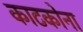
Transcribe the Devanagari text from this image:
काटकोना